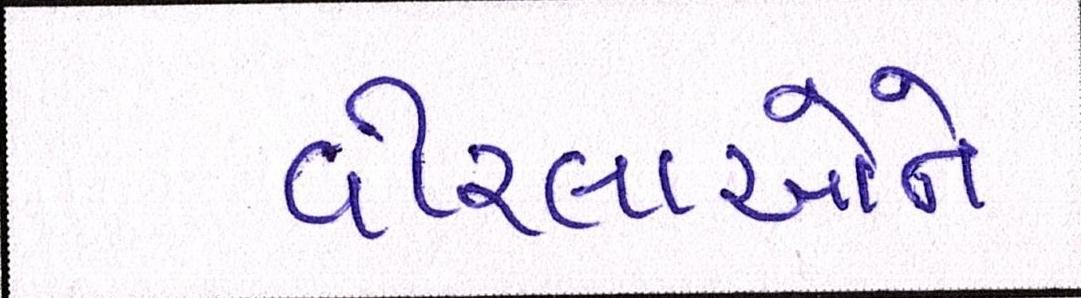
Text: વીરલાઓને